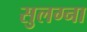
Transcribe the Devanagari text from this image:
सुलग्ना